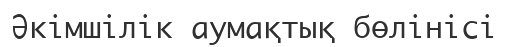
Әкімшілік аумақтық бөлінісі